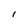
Character: I